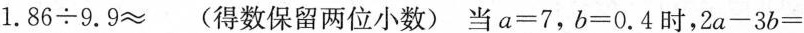
$$1.86\div9.9\approx$$ (得数保留两位小数)当$$a=7$，$$b=0.4$$时，$$2a-3b=$$